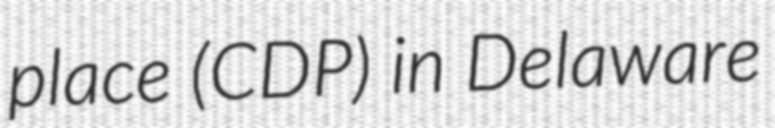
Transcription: place (CDP) in Delaware